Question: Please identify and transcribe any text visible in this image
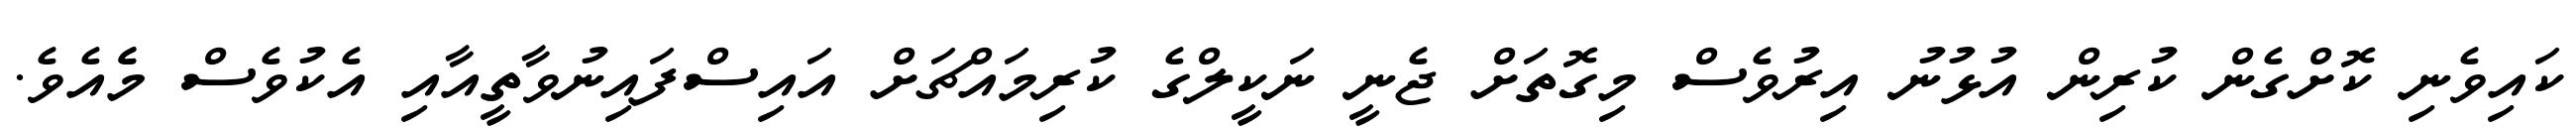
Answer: ކައިވެނި ކޮށްގެން ކުރިން އުޅުނު އިރުވެސް މިގޮތަށް ޖެނީ ނަކީލްގެ ކުރިމައްޗަށް އައިސްފައިނުވާތީއާއި އެކުވެސް މެެއެވެ.